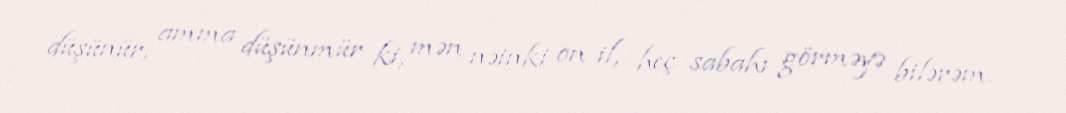
düşünür, amma düşünmür ki, mən nəinki on il, heç sabahı görməyə bilərəm.